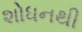
શોધનથી